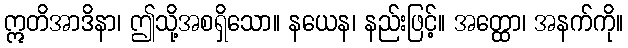
ဣတိအာဒိနာ၊ ဤသို့အစရှိသော။ နယေန၊ နည်းဖြင့်။ အတ္ထော၊ အနက်ကို။